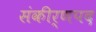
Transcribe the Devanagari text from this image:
संकीर्णपद